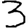
Digit: 3